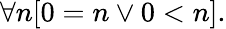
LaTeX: \forall n[0=n\lor 0<n].